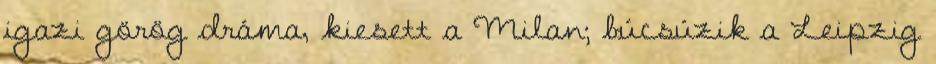
igazi görög dráma, kiesett a Milan; búcsúzik a Leipzig